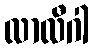
လာလီဂါ